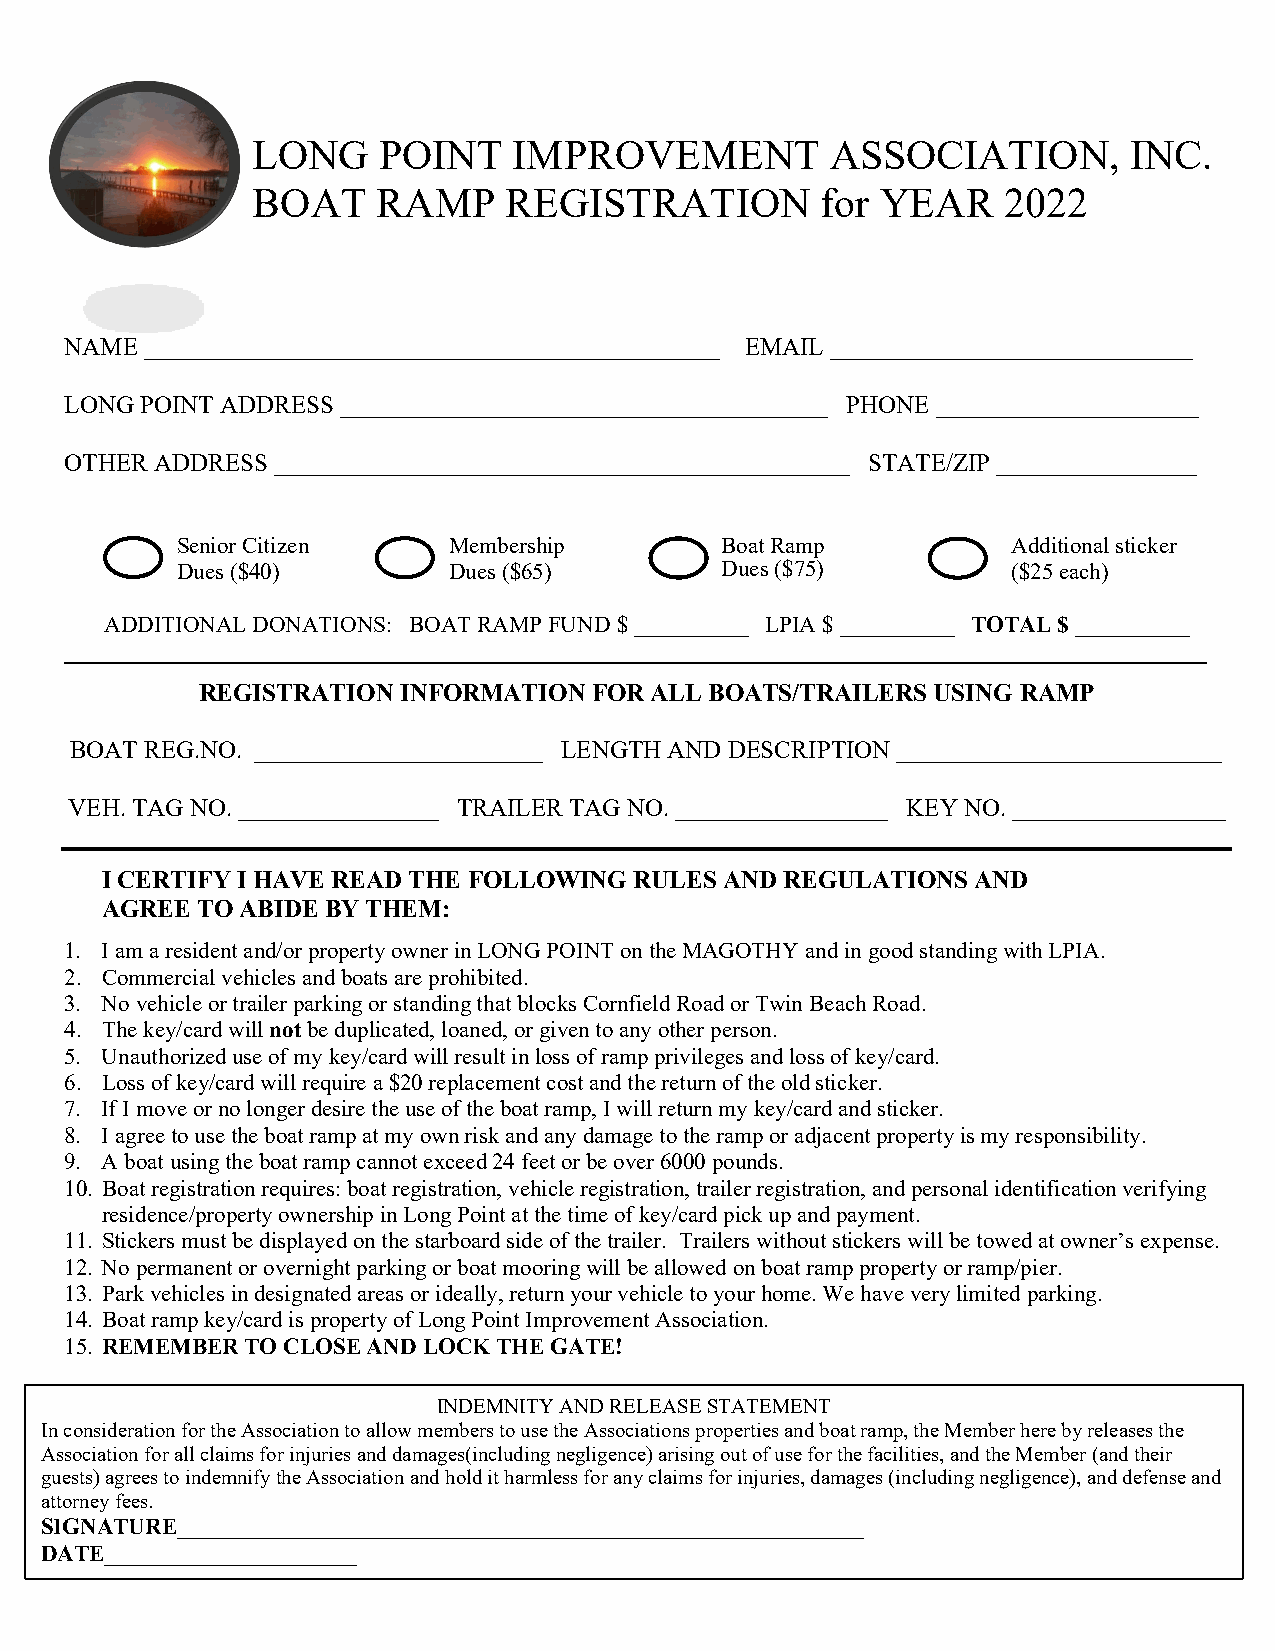
LONG    POINT    IMPROVEMENT          ASSOCIATION,        INC.
 BOAT    RAMP    REGISTRATION         for YEAR    2022
 NAME  ______________________________________________ EMAIL _____________________________
 LONG POINT ADDRESS _______________________________________ PHONE _____________________
 OTHER ADDRESS ______________________________________________ STATE/ZIP ________________
 Senior Citizen    Membership        Boat Ramp          Additional sticker
 Dues ($40)        Dues ($65)        Dues ($75)         ($25 each)
 ADDITIONAL DONATIONS: BOAT RAMP FUND $ __________ LPIA $ __________ TOTAL $ __________
 REGISTRATION INFORMATION  FOR ALL BOATS/TRAILERS USING RAMP
 BOAT REG.NO. _______________________ LENGTH AND DESCRIPTION __________________________
 VEH. TAG NO. ________________ TRAILER TAG NO. _________________ KEY NO. _________________
 I CERTIFY I HAVE READ THE FOLLOWING RULES AND REGULATIONS AND
 AGREE TO ABIDE BY THEM:
 1. I am a resident and/or property owner in LONG POINT on the MAGOTHY and in good standing with LPIA.
 2. Commercial vehicles and boats are prohibited.
 3. No vehicle or trailer parking or standing that blocks Cornfield Road or Twin Beach Road.
 4. The key/card will not be duplicated, loaned, or given to any other person.
 5. Unauthorized use of my key/card will result in loss of ramp privileges and loss of key/card.
 6. Loss of key/card will require a $20 replacement cost and the return of the old sticker.
 7. If I move or no longer desire the use of the boat ramp, I will return my key/card and sticker.
 8. I agree to use the boat ramp at my own risk and any damage to the ramp or adjacent property is my responsibility.
 9. A boat using the boat ramp cannot exceed 24 feet or be over 6000 pounds.
 10. Boat registration requires: boat registration, vehicle registration, trailer registration, and personal identification verifying
 residence/property ownership in Long Point at the time of key/card pick up and payment.
 11. Stickers must be displayed on the starboard side of the trailer. Trailers without stickers will be towed at owner’s expense.
 12. No permanent or overnight parking or boat mooring will be allowed on boat ramp property or ramp/pier.
 13. Park vehicles in designated areas or ideally, return your vehicle to your home. We have very limited parking.
 14. Boat ramp key/card is property of Long Point Improvement Association.
 15. REMEMBER TO CLOSE AND LOCK THE GATE!
 INDEMNITY AND RELEASE STATEMENT
 In consideration for the Association to allow members to use the Associations properties and boat ramp, the Member here by releases the
 Association for all claims for injuries and damages(including negligence) arising out of use for the facilities, and the Member (and their
 guests) agrees to indemnify the Association and hold it harmless for any claims for injuries, damages (including negligence), and defense and
 attorney fees.
 SIGNATURE____________________________________________________________
 DATE______________________